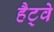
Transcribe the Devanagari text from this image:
हैट्वे